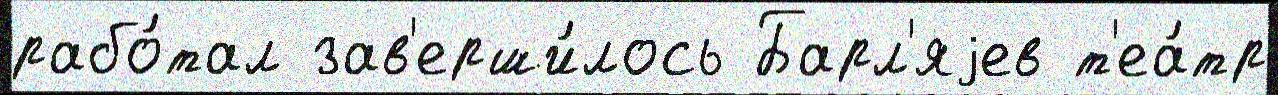
рабо́тал зав'ерши́лось Барл'яjев т'еа́тр